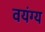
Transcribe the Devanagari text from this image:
वयंग्य